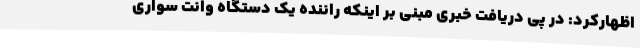
اظهارکرد: در پی دریافت خبری مبنی بر اینکه راننده یک دستگاه وانت سواری